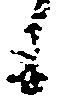
候